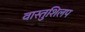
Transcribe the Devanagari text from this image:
वास्तुशिलप